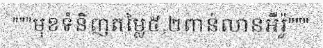
"""មុខទំនិញតម្លៃ៥,២ពាន់លានអឺរ៉ូ"""